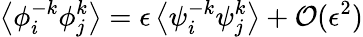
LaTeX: \left\langle{\phi}_{i}^{-k}{\phi}_{j}^{k}\right\rangle=\epsilon\left\langle{\psi}_{i}^{-k}{\psi}_{j}^{k}\right\rangle+\mathcal{O}(\epsilon^{2})